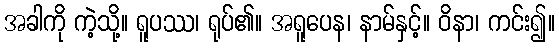
အခါကို ကဲ့သို့။ ရူပဿ၊ ရုပ်၏။ အရူပေန၊ နာမ်နှင့်။ ဝိနာ၊ ကင်း၍။